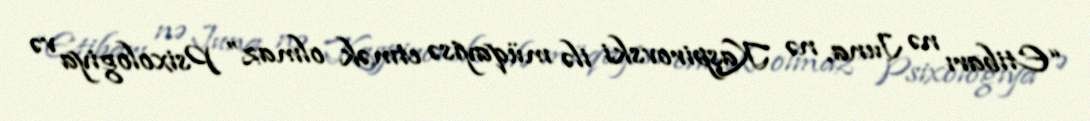
“Etibarı nə Juna, nə Kaşpirovski ilə müqayisə etmək olmaz” Psixologiya və